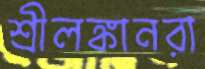
শ্রীলঙ্কানরা